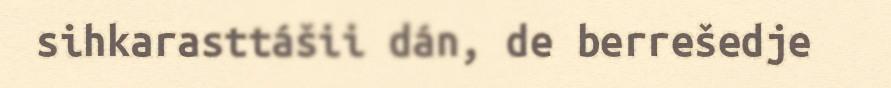
sihkarasttášii dán, de berrešedje